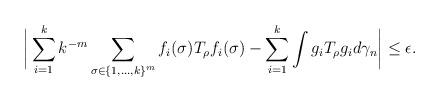
LaTeX: \begin{align*}\bigg|\sum_{i=1}^{k}k^{-m}\sum_{\sigma\in\{1,\ldots,k\}^{m}}f_{i}(\sigma)T_{\rho}f_{i}(\sigma)-\sum_{i=1}^{k}\int g_{i}T_{\rho}g_{i}d\gamma_{n}\bigg|\leq\epsilon.\end{align*}